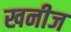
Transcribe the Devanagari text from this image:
खनीज